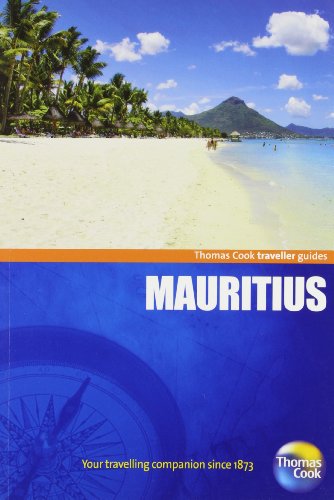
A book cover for Traveller Guides Mauritius 3rd (Travellers - Thomas Cook); Thomas Cook Publishing; Travel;